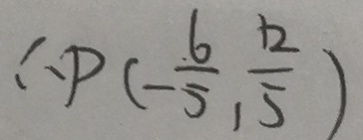
\therefore P ( - \frac { 6 } { 5 } , \frac { 1 2 } { 5 } )